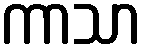
ကာသာ